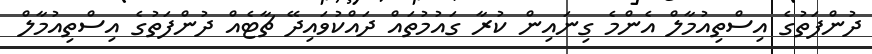
ދުންފަތުގެ އިސްތިއުމާލް އެންމެ ގިނައިން ކުރާ ގައުމުތައް ދައްކުވައިދޭ ޗާޓެއް ދުންފަތުގެ އިސްތިއުމާލް